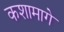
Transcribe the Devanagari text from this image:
कशामागे